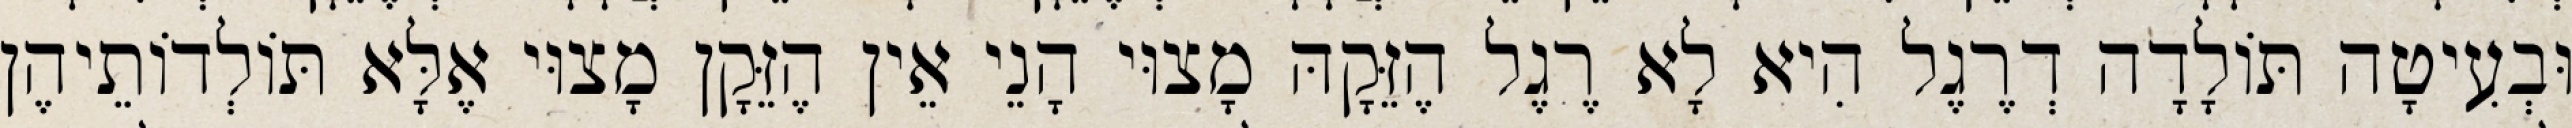
וּבְעִיטָה תּוֹלָדָה דְרֶגֶל הִיא לָא רֶגֶל הֶזֵּקָהּ מָצוּי הָנֵי אֵין הֶזֵּקָן מָצוּי אֶלָּא תּוֹלְדוֹתֵיהֶן